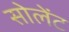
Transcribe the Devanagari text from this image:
सोलेंट